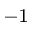
^ { - 1 }